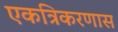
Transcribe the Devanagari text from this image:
एकत्रिकरणास